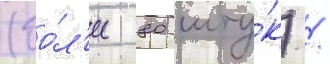
(бо́л'ее 80 шту́к) /